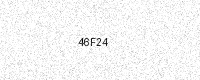
Text: 46F24